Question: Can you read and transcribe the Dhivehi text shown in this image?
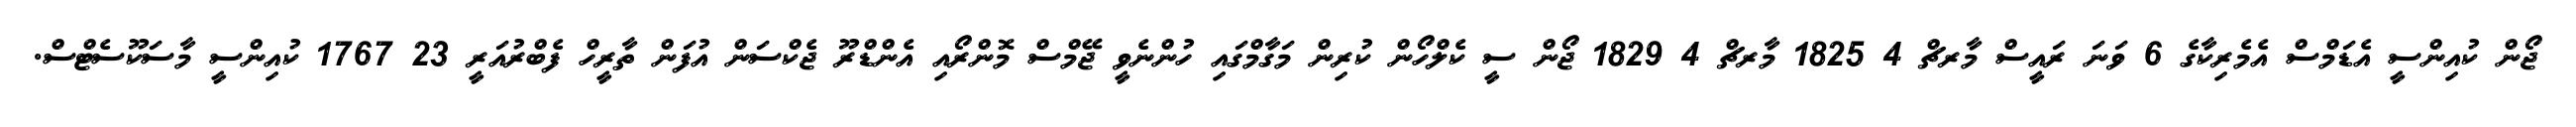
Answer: ޖޯން ކުއިންސީ އެޑަމްސް އެމެރިކާގެ 6 ވަނަ ރައީސް މާރޗް 4 1825 މާރޗް 4 1829 ޖޯން ސީ ކެލްހޯން ކުރިން މަގާމްގައި ހުންނެވީ ޖޭމްސް މޮންރޯއި އެންޑްރޫ ޖެކްސަން އުފަން ތާރީހް ފެބްރުއަރީ 23 1767 ކުއިންސީ މާސަކޫސެޓްސް.